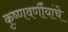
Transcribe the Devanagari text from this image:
कृष्णवर्णीयांचे